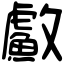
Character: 䱷